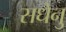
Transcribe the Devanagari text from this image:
सधेनु